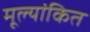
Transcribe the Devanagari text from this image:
मूल्‍यांकित